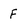
Character: F